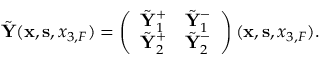
\begin{array} { r } { \tilde { \bf Y } ( { { \bf x } } , { { \bf s } } , { x _ { 3 , F } } ) = \left( \begin{array} { l l } { \tilde { \bf Y } _ { 1 } ^ { + } } & { \tilde { \bf Y } _ { 1 } ^ { - } } \\ { \tilde { \bf Y } _ { 2 } ^ { + } } & { \tilde { \bf Y } _ { 2 } ^ { - } } \end{array} \right) ( { { \bf x } } , { { \bf s } } , { x _ { 3 , F } } ) . } \end{array}